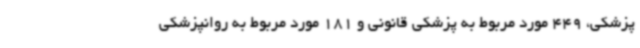
پزشکی، 449 مورد مربوط به پزشکی قانونی و 181 مورد مربوط به روانپزشکی